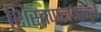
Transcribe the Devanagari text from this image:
शिस्तपालनामुळे